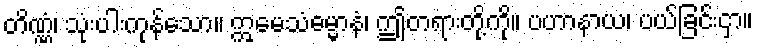
တိဏ္ဏံ၊ သုံးပါးကုန်သော။ ဣမေသံဓမ္မာနံ၊ ဤတရားတို့ကို။ ပဟာနာယ၊ ပယ်ခြင်းငှာ။